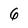
Character: 6